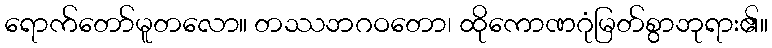
ရောက်တော်မူတလော။ တဿဘဂဝတော၊ ထိုကောဏဂုံမြတ်စွာဘုရား၏။